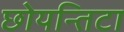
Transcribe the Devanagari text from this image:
छोयन्तिटा